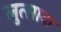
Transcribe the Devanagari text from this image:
लुत्सावा